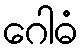
ဂေါဓံ